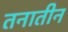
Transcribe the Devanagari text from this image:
तनातीन